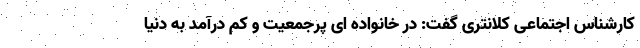
کارشناس اجتماعی کلانتری گفت: در خانواده ای پرجمعیت و کم درآمد به دنیا